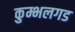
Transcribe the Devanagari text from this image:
कुम्भलगड